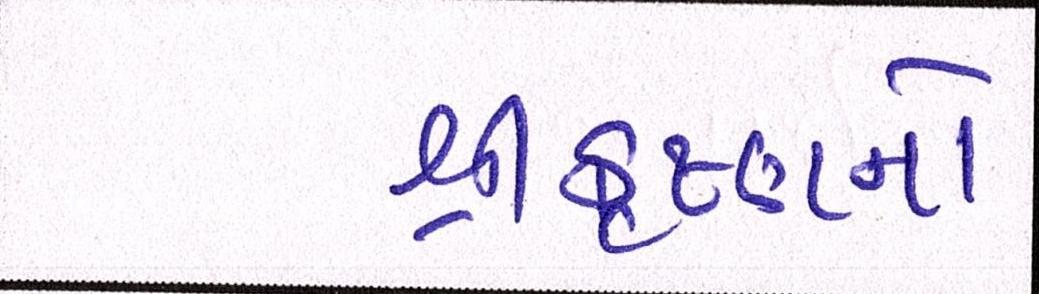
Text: શ્રીકૃષ્ણનો